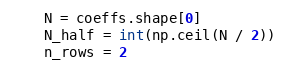
Language: Python
    N = coeffs.shape[0]
    N_half = int(np.ceil(N / 2))
    n_rows = 2